Liigvalla_vallavalitsus, lk 98
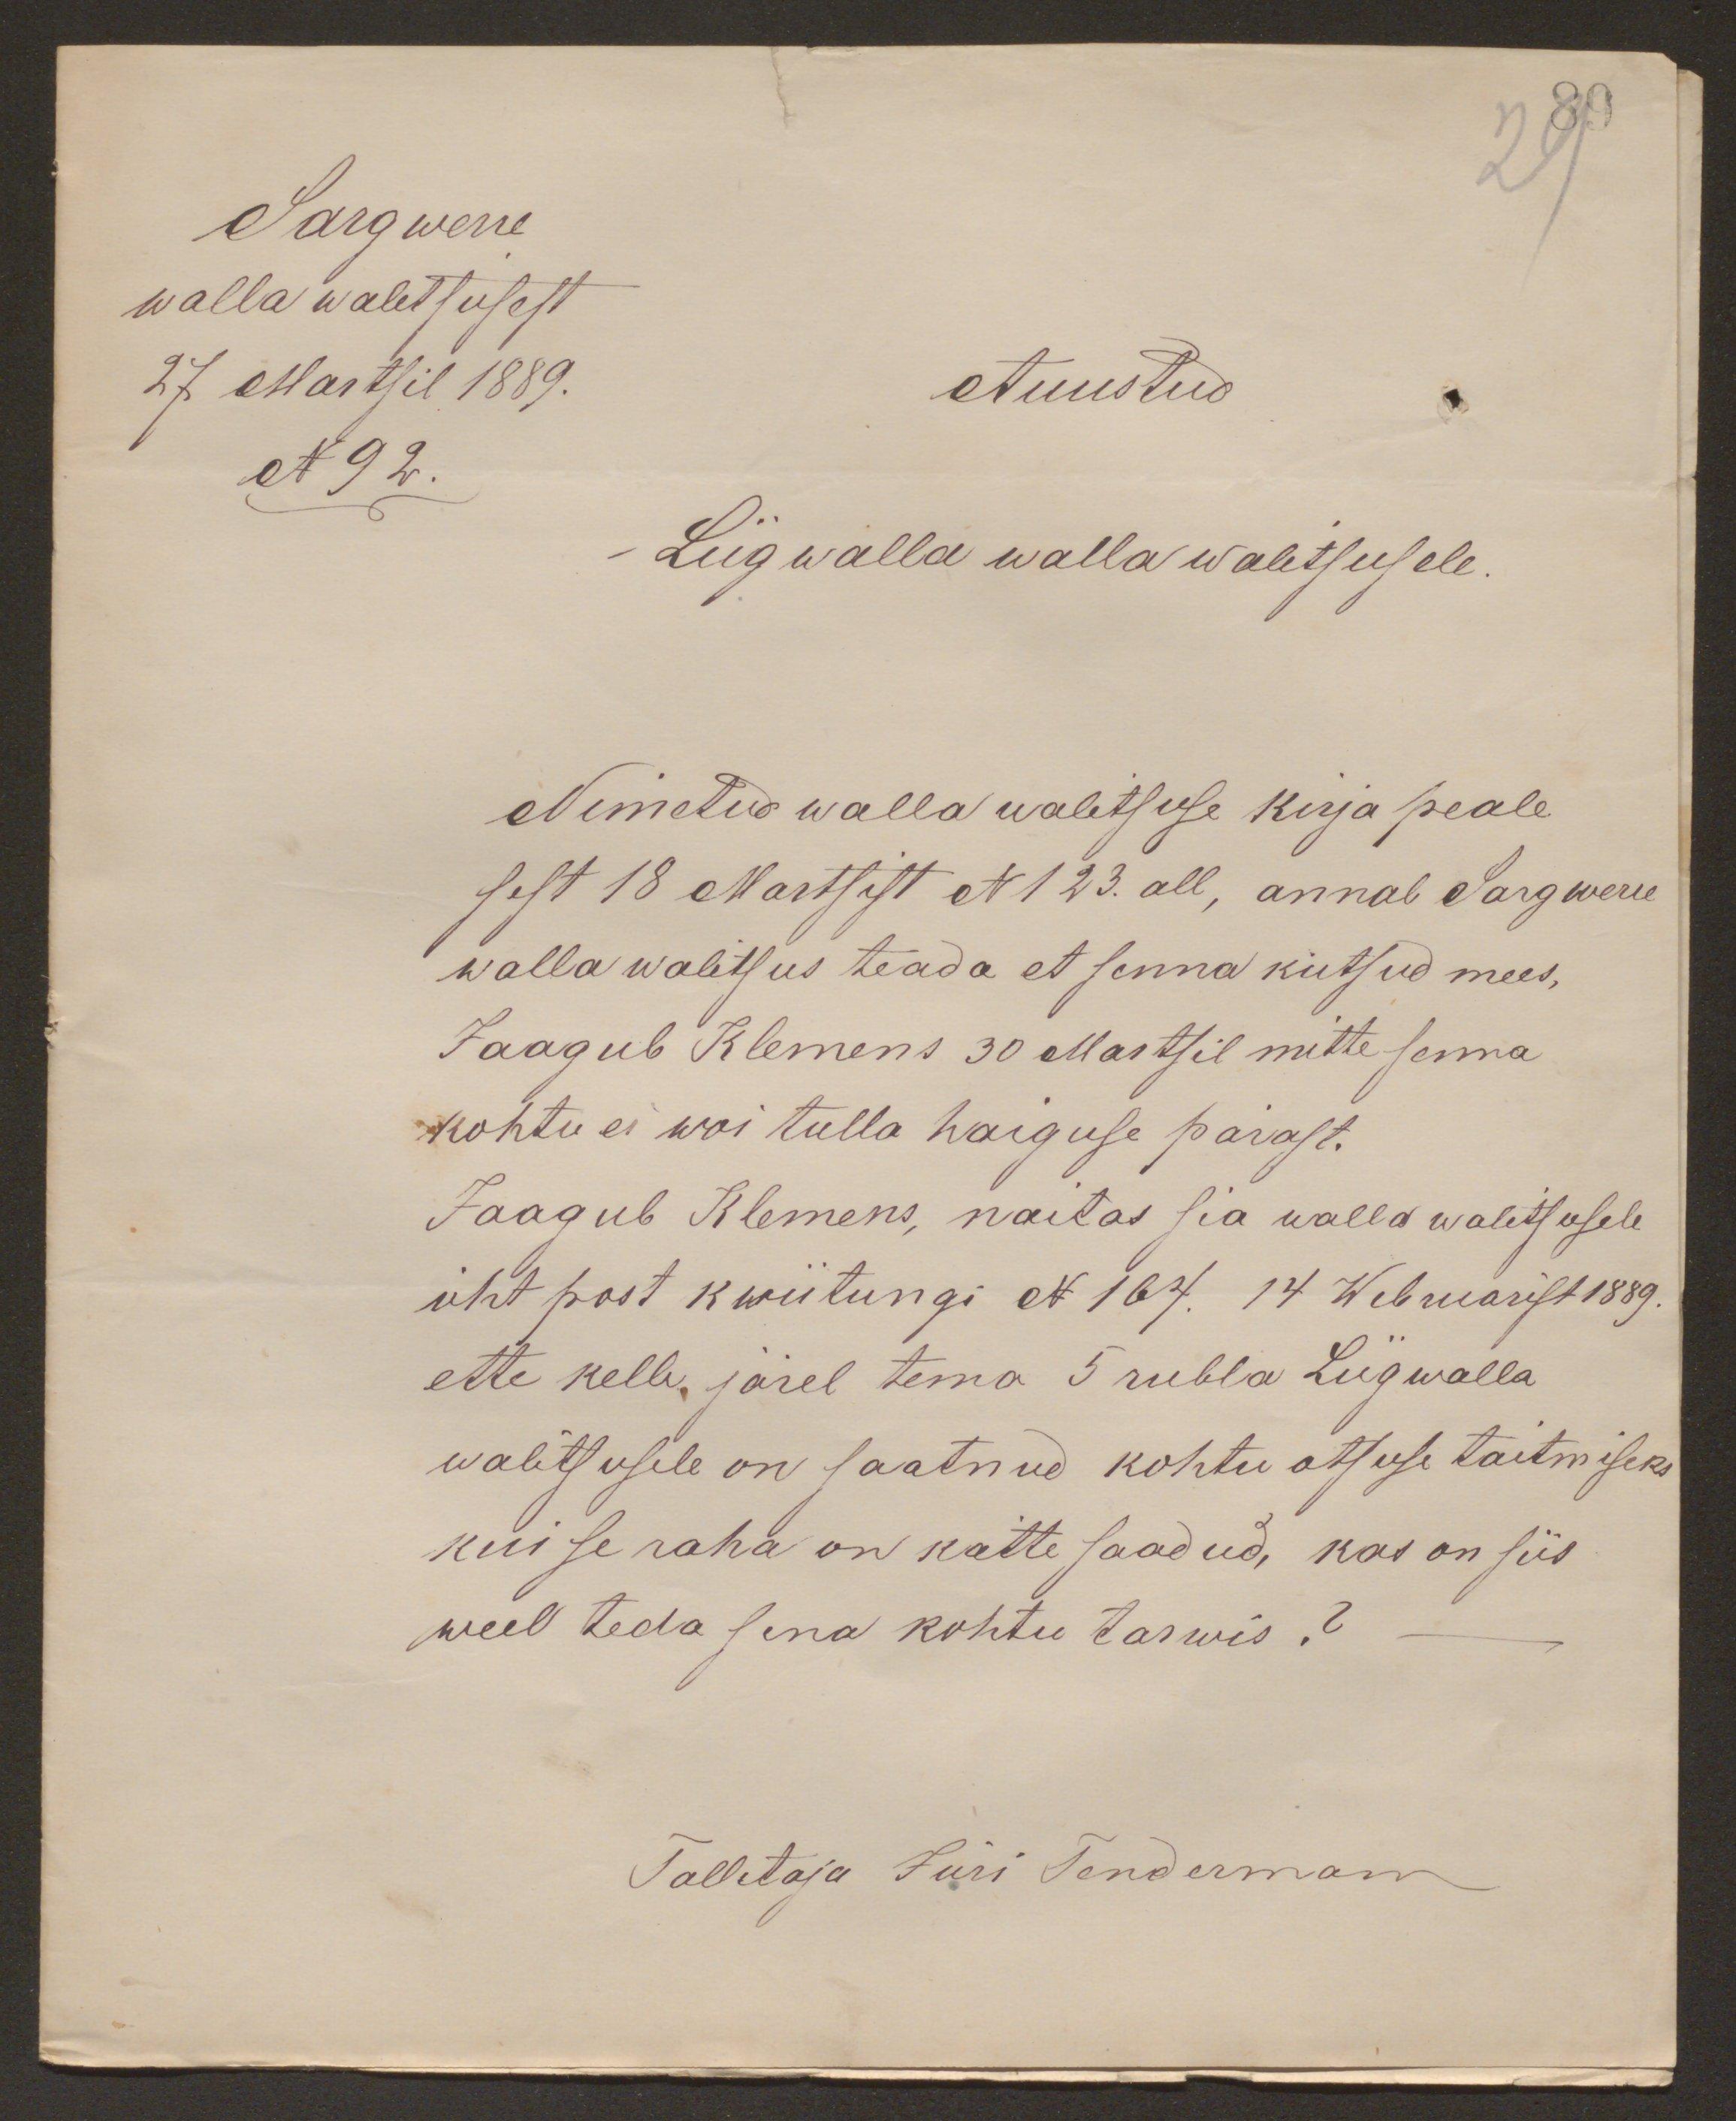
Sargwerre
walla walitsusest
27 Martsil 1889.
N 92.
Auustud
Liigwalla walla walitsusele.
Nimetud walla walitsuse kirja peale
sest 18 Martsist N 123. all, annab Sargwerre
wallawalitsus teada et senna kutsud mees,
Jaagub Klemens 30 Martsil mitte senna
kohtu ei woi tulla haiguse pärast.
Jaagub Klemens, naitas sia walla walitsusele
üht post kwiitungi N 164. 14 Webruarist 1889.
ette kelle järel tema 5 rubla Liigwalla
walitsusele on saatnud kohtu otsuse taitmiseks
kui se raha on kätte saadud, kas on siis
weel teda sina kohtu tarwis?
Tallitaja Jüri Tendermann